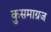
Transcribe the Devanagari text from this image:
कुसमाग्रज